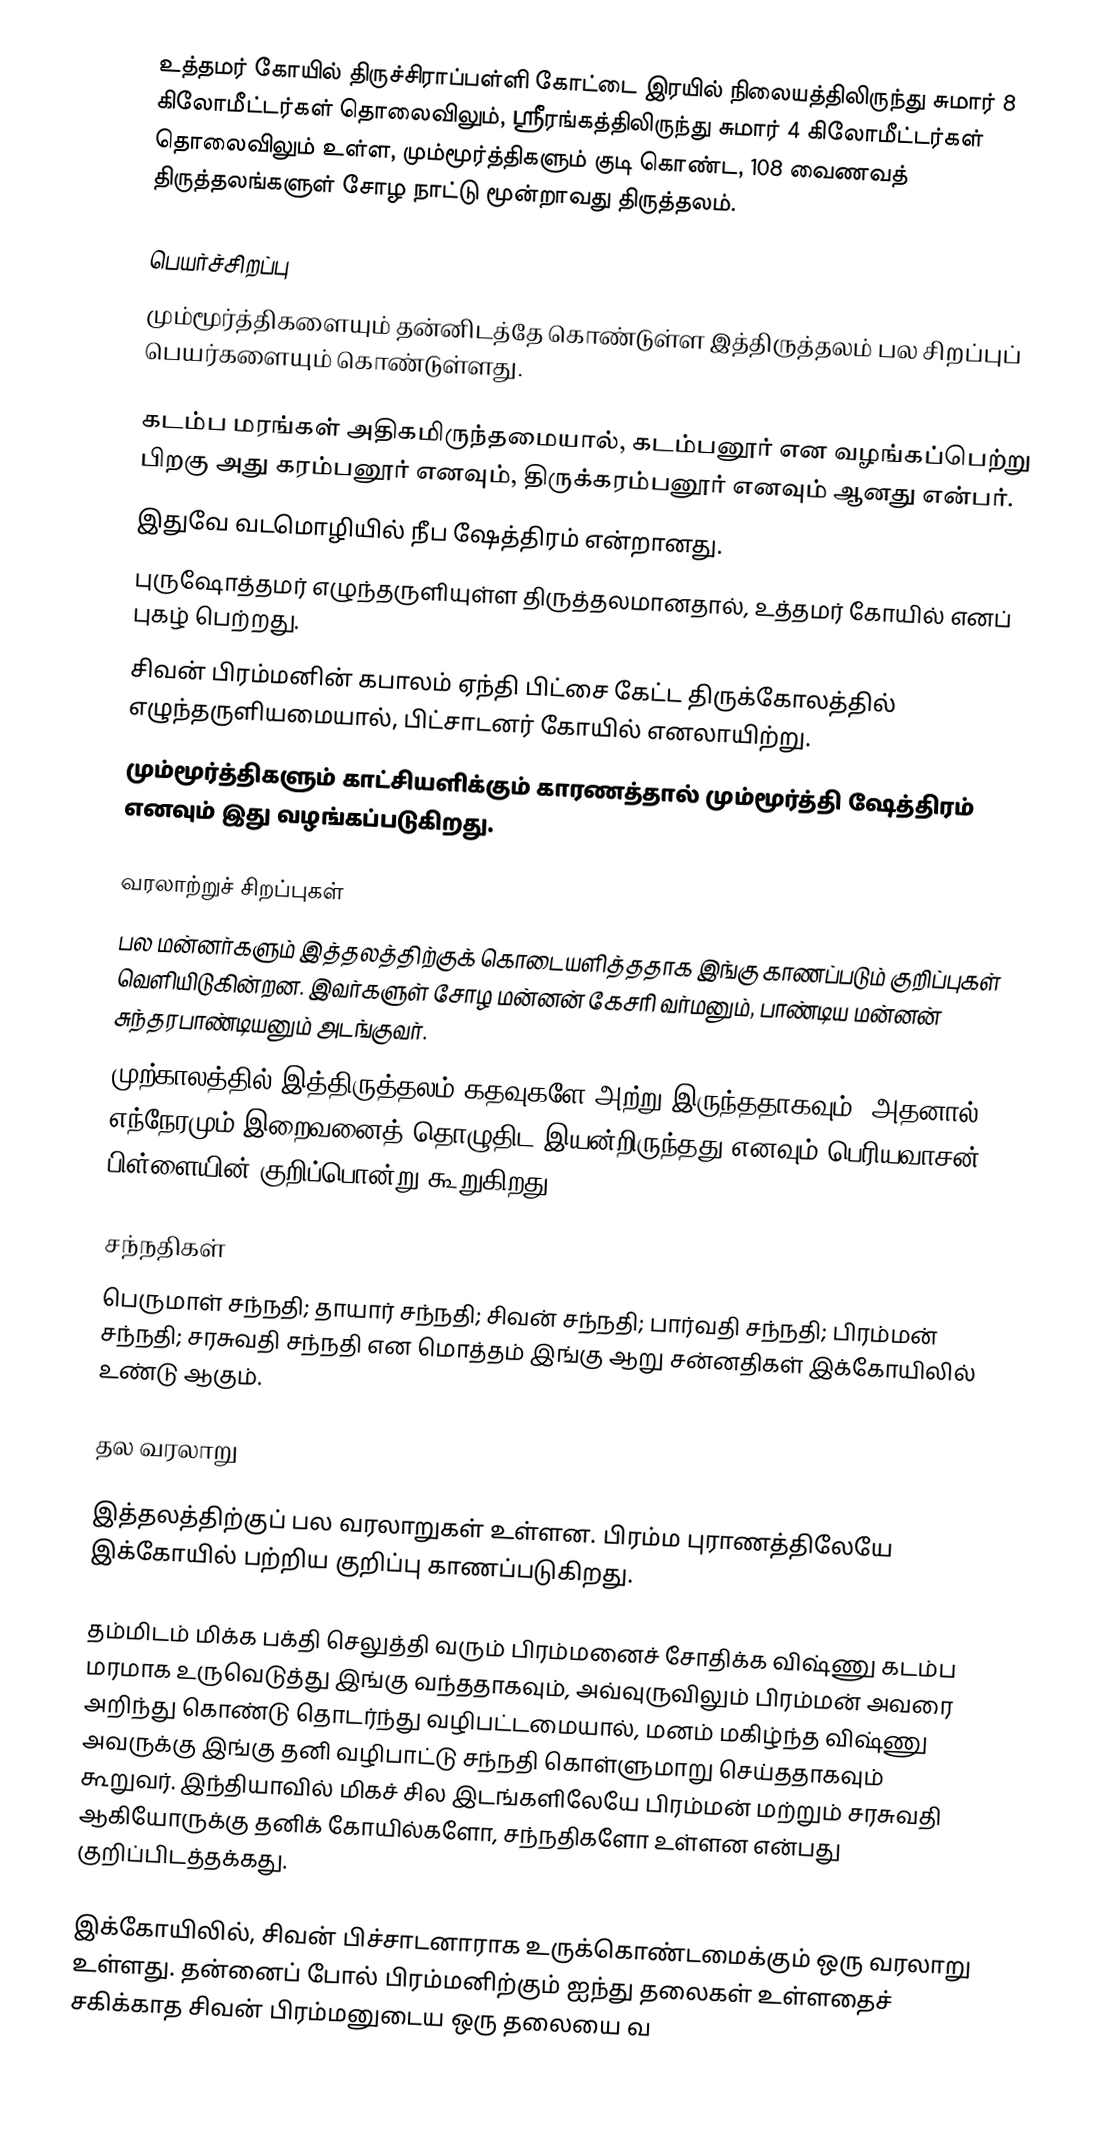
உத்தமர் கோயில் திருச்சிராப்பள்ளி கோட்டை இரயில் நிலையத்திலிருந்து சுமார் 8 கிலோமீட்டர்கள் தொலைவிலும், ஸ்ரீரங்கத்திலிருந்து சுமார் 4 கிலோமீட்டர்கள் தொலைவிலும் உள்ள, மும்மூர்த்திகளும் குடி கொண்ட, 108 வைணவத் திருத்தலங்களுள் சோழ நாட்டு மூன்றாவது திருத்தலம்.

பெயர்ச்சிறப்பு
மும்மூர்த்திகளையும் தன்னிடத்தே கொண்டுள்ள இத்திருத்தலம் பல சிறப்புப் பெயர்களையும் கொண்டுள்ளது.

 கடம்ப மரங்கள் அதிகமிருந்தமையால், கடம்பனூர் என வழங்கப்பெற்று பிறகு அது கரம்பனூர் எனவும், திருக்கரம்பனூர் எனவும் ஆனது என்பர்.
 இதுவே வடமொழியில் நீப ஷேத்திரம் என்றானது.
 புருஷோத்தமர் எழுந்தருளியுள்ள திருத்தலமானதால், உத்தமர் கோயில் எனப் புகழ் பெற்றது.
 சிவன் பிரம்மனின் கபாலம் ஏந்தி பிட்சை கேட்ட திருக்கோலத்தில் எழுந்தருளியமையால், பிட்சாடனர் கோயில் எனலாயிற்று.
 மும்மூர்த்திகளும் காட்சியளிக்கும் காரணத்தால் மும்மூர்த்தி ஷேத்திரம் எனவும் இது வழங்கப்படுகிறது.

வரலாற்றுச் சிறப்புகள்
 பல மன்னர்களும் இத்தலத்திற்குக் கொடையளித்ததாக இங்கு காணப்படும் குறிப்புகள் வெளியிடுகின்றன. இவர்களுள் சோழ மன்னன் கேசரி வர்மனும், பாண்டிய மன்னன் சுந்தரபாண்டியனும் அடங்குவர்.
 முற்காலத்தில் இத்திருத்தலம் கதவுகளே அற்று இருந்ததாகவும், அதனால் எந்நேரமும் இறைவனைத் தொழுதிட இயன்றிருந்தது எனவும் பெரியவாசன் பிள்ளையின் குறிப்பொன்று கூறுகிறது.

சந்நதிகள்
பெருமாள் சந்நதி; தாயார் சந்நதி; சிவன் சந்நதி; பார்வதி சந்நதி; பிரம்மன் சந்நதி; சரசுவதி சந்நதி என மொத்தம் இங்கு ஆறு சன்னதிகள் இக்கோயிலில் உண்டு ஆகும்.

தல வரலாறு

இத்தலத்திற்குப் பல வரலாறுகள் உள்ளன. பிரம்ம புராணத்திலேயே இக்கோயில் பற்றிய குறிப்பு காணப்படுகிறது.

தம்மிடம் மிக்க பக்தி செலுத்தி வரும் பிரம்மனைச் சோதிக்க விஷ்ணு கடம்ப மரமாக உருவெடுத்து இங்கு வந்ததாகவும், அவ்வுருவிலும் பிரம்மன் அவரை அறிந்து கொண்டு தொடர்ந்து வழிபட்டமையால், மனம் மகிழ்ந்த விஷ்ணு அவருக்கு இங்கு தனி வழிபாட்டு சந்நதி கொள்ளுமாறு செய்ததாகவும் கூறுவர். இந்தியாவில் மிகச் சில இடங்களிலேயே பிரம்மன் மற்றும் சரசுவதி ஆகியோருக்கு தனிக் கோயில்களோ, சந்நதிகளோ உள்ளன என்பது குறிப்பிடத்தக்கது.

இக்கோயிலில், சிவன் பிச்சாடனாராக உருக்கொண்டமைக்கும் ஒரு வரலாறு உள்ளது. தன்னைப் போல் பிரம்மனிற்கும் ஐந்து தலைகள் உள்ளதைச் சகிக்காத சிவன் பிரம்மனுடைய ஒரு தலையை வ